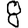
Digit: 8